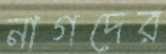
নাগদের